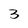
Character: 3